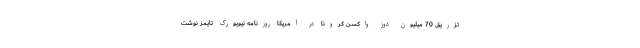
تزریق 70 میلیون دوز واکسن کرونا در آمریکا روزنامه نیویورک تایمز نوشت